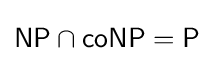
{\mathsf {NP}}\cap {\mathsf {coNP}}={\mathsf {P}}